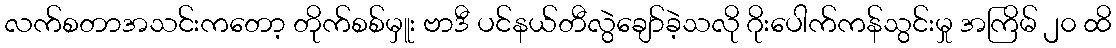
လက်စတာအသင်းကတော့ တိုက်စစ်မှူး ဗာဒီ ပင်နယ်တီလွဲချော်ခဲ့သလို ဂိုးပေါက်ကန်သွင်းမှု အကြိမ် ၂၀ ထိ